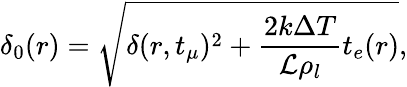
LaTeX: \delta_{0}(r)=\sqrt{\delta(r,t_{\mu})^{2}+\frac{2k\Delta T}{\mathcal{L}\rho_{l}}t_{e}(r)},